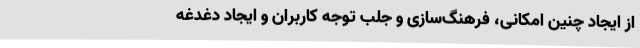
از ایجاد چنین امکانی، فرهنگ‌سازی و جلب توجه کاربران و ایجاد دغدغه